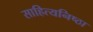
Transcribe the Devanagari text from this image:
साहित्यनिष्ठा